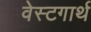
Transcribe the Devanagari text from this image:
वेस्टगार्थ